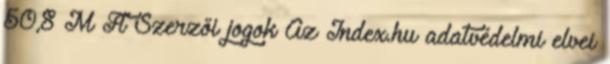
50,8 M Ft Szerzői jogok Az Index.hu adatvédelmi elvei